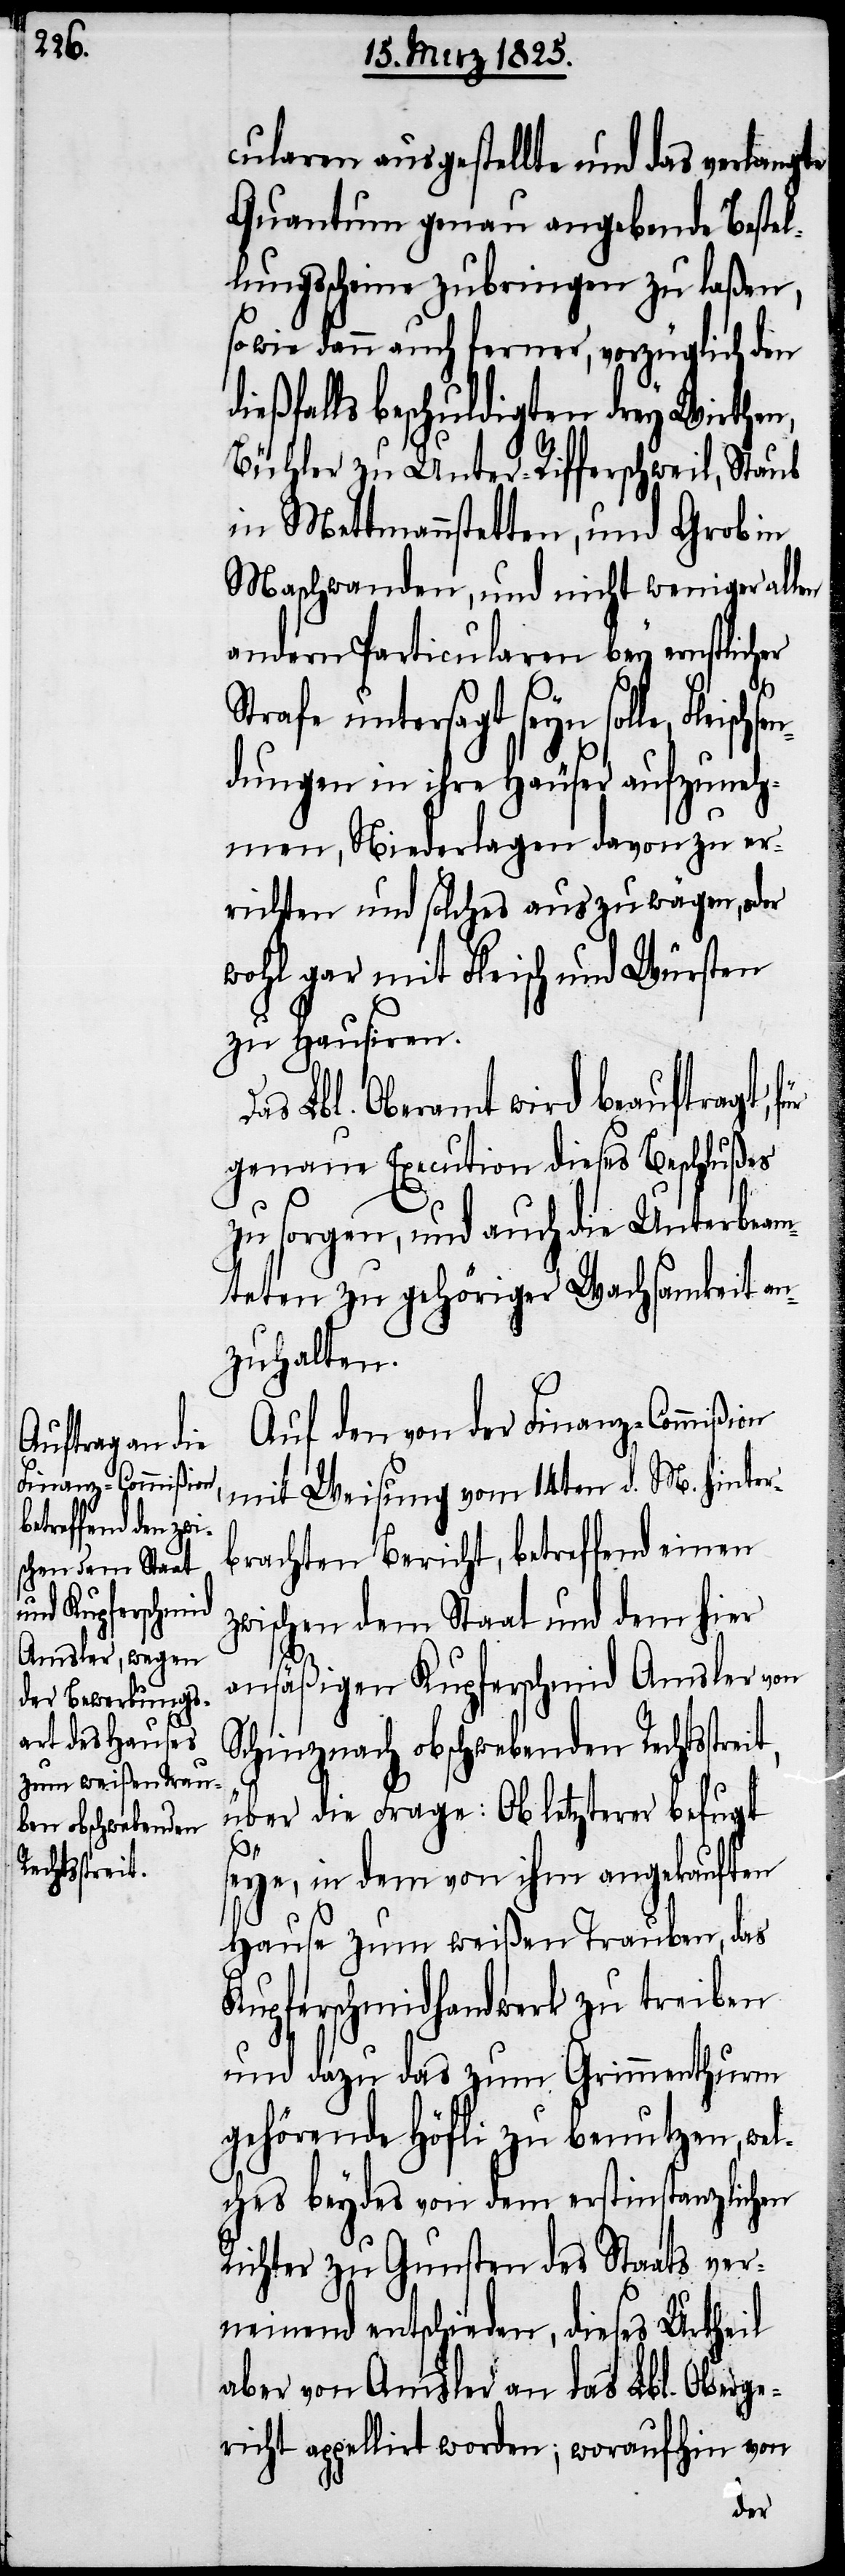
eit,

schsen¬

cularen ausgestellte und das verlangte
Quantum genau angebende Bestel¬
lungsscheine zubringen zu laßen,
sowie dann auch ferner, vorzüglich den
dießfalls beschuldigten drey Wirthen,
Bühler zu Unter-Rifferschweil, Staub
in Mettmannstetten, und Grob in
Maschwanden, und nicht weniger allen
andern Particularen bey ernstlicher
Strafe untersagt seyn solle, Flei¬
dungen in ihre Häuser aufzuneh¬
men, Niederlagen davon zu er¬
richten und solches auszuwägen, oder
wohl gar mit Fleisch und Würsten
zu Hausiren.
Das Lbl. Oberamt wird beauftragt, für
genaue Execution dieses Beschlußes
zu sorgen, und auch die Unterbeam¬
teten zu gehöriger Wachsamkeit an¬
zuhalten.
Auf den von der Finanz-Commißion
mit Weisung vom 14ten d. M. hinter¬
brachten Bericht, betreffend einen
zwischen dem Staat und dem hier
ansäßigen Kupferschmid Amsler von
Schinznach obschwebenden Rechtsstr¬
über die Frage: Ob letzterer befugt
seye, in dem von ihm angekauften
Hause zum weißen Trauben, das
Kupferschmidhandwerk zu treiben
und dazu das zum Grimmenthurm
gehörende Höfli zu benutzen, wel¬
ches beydes von dem erstinstanzlichen
Richter zu Gunsten des Staats ver¬
neinend entschieden, dieses Urtheil
aber von Amsler an das Lbl. Oberge¬
richt appelirt worden; woraufhin von